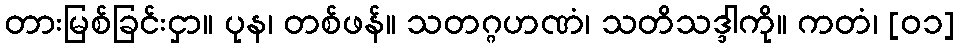
တားမြစ်ခြင်းငှာ။ ပုန၊ တစ်ဖန်။ သတဂ္ဂဟဏံ၊ သတိသဒ္ဒါကို။ ကတံ၊ [၀၁]